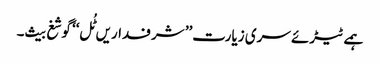
ہمے ٹیڑئے سری زیارت’’ شرفداریں ٹُل‘‘ گوشغ بیث۔